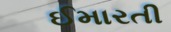
ઈમારતી